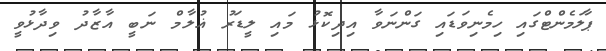
ޕާލަމެންޓްގައި ހިމެނިވަޑައި ގަންނަވާ އިދިކޮޅު މައި ލީޑަރު ޣުލާމް ނަބީ އާޒާދު ވިދާޅުވީ